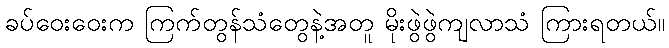
ခပ်ဝေးဝေးက ကြက်တွန်သံတွေနဲ့အတူ မိုးဖွဲဖွဲကျလာသံ ကြားရတယ်။